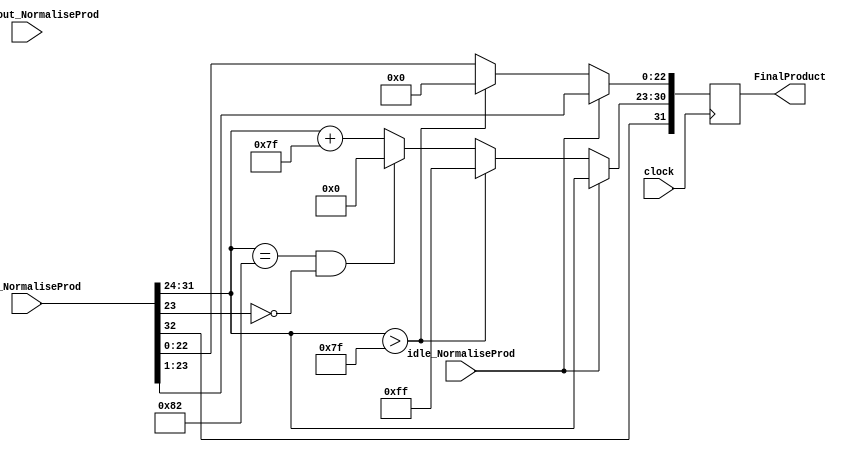
`timescale 1ns / 1ps
//////////////////////////////////////////////////////////////////////////////////
// Company: 
// Engineer: 
// 
// Design Name: 
// Module Name:    Pack_z 
// Project Name: 
// Target Devices: 
// Tool versions: 
// Description: 
//
// Dependencies: 
//
// Revision: 
// Revision 0.01 - File Created
// Additional Comments: 
//
//////////////////////////////////////////////////////////////////////////////////
module Pack_z(
	input idle_NormaliseProd,
	input [32:0] zout_NormaliseProd,
	input [49:0] productout_NormaliseProd,
	input clock,
	output reg [31:0] FinalProduct
    );

parameter no_idle = 1'b0,
			 put_idle = 1'b1;

wire z_sign;
wire [7:0] z_exponent;
wire [26:0] z_mantissa;

assign z_sign = zout_NormaliseProd[32];
assign z_exponent = zout_NormaliseProd[31:24];
assign z_mantissa = {zout_NormaliseProd[23:0]};

always @ (posedge clock)
begin
	
	if (idle_NormaliseProd == no_idle)
	begin
        FinalProduct[22 : 0] <= z_mantissa[22:0];
        FinalProduct[30 : 23] <= z_exponent[7:0] + 127;
        FinalProduct[31] <= z_sign;
        if ($signed(z_exponent) == -126 && z_mantissa[23] == 0) begin
          FinalProduct[30 : 23] <= 0;
        end
        //if overflow occurs, return inf
        if ($signed(z_exponent) > 127) begin
          FinalProduct[22 : 0] <= 0;
          FinalProduct[30 : 23] <= 255;
          FinalProduct[31] <= z_sign;
        end
	end
	
	else begin
		FinalProduct <= zout_NormaliseProd[32:1];
	end
end

endmodule